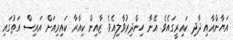
އަޔާންއާއި ދާދި ކައިރީގައެވެ. އޭނާ ހިންދިރުވާލިއެވެ. ޒާއިން ކިއާރާ ކައިރިއަށް އައިސް އަތުގައި